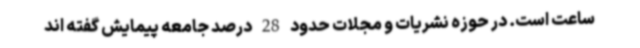
ساعت است. در حوزه نشریات و مجلات حدود 28 درصد جامعه پیمایش گفته اند